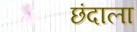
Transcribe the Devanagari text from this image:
छंदाला